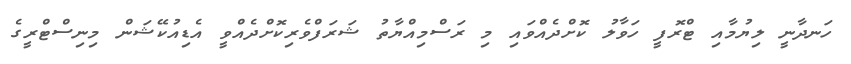
ހަނދާނީ ލިޔުމާއި ޓްރޮފީ ހަވާލު ކޮށްދެއްވައި މި ރަސްމިއްޔާތު ޝަރަފްވެރިކޮށްދެއްވީ އެޑިއުކޭޝަން މިނިސްޓްރީގެ